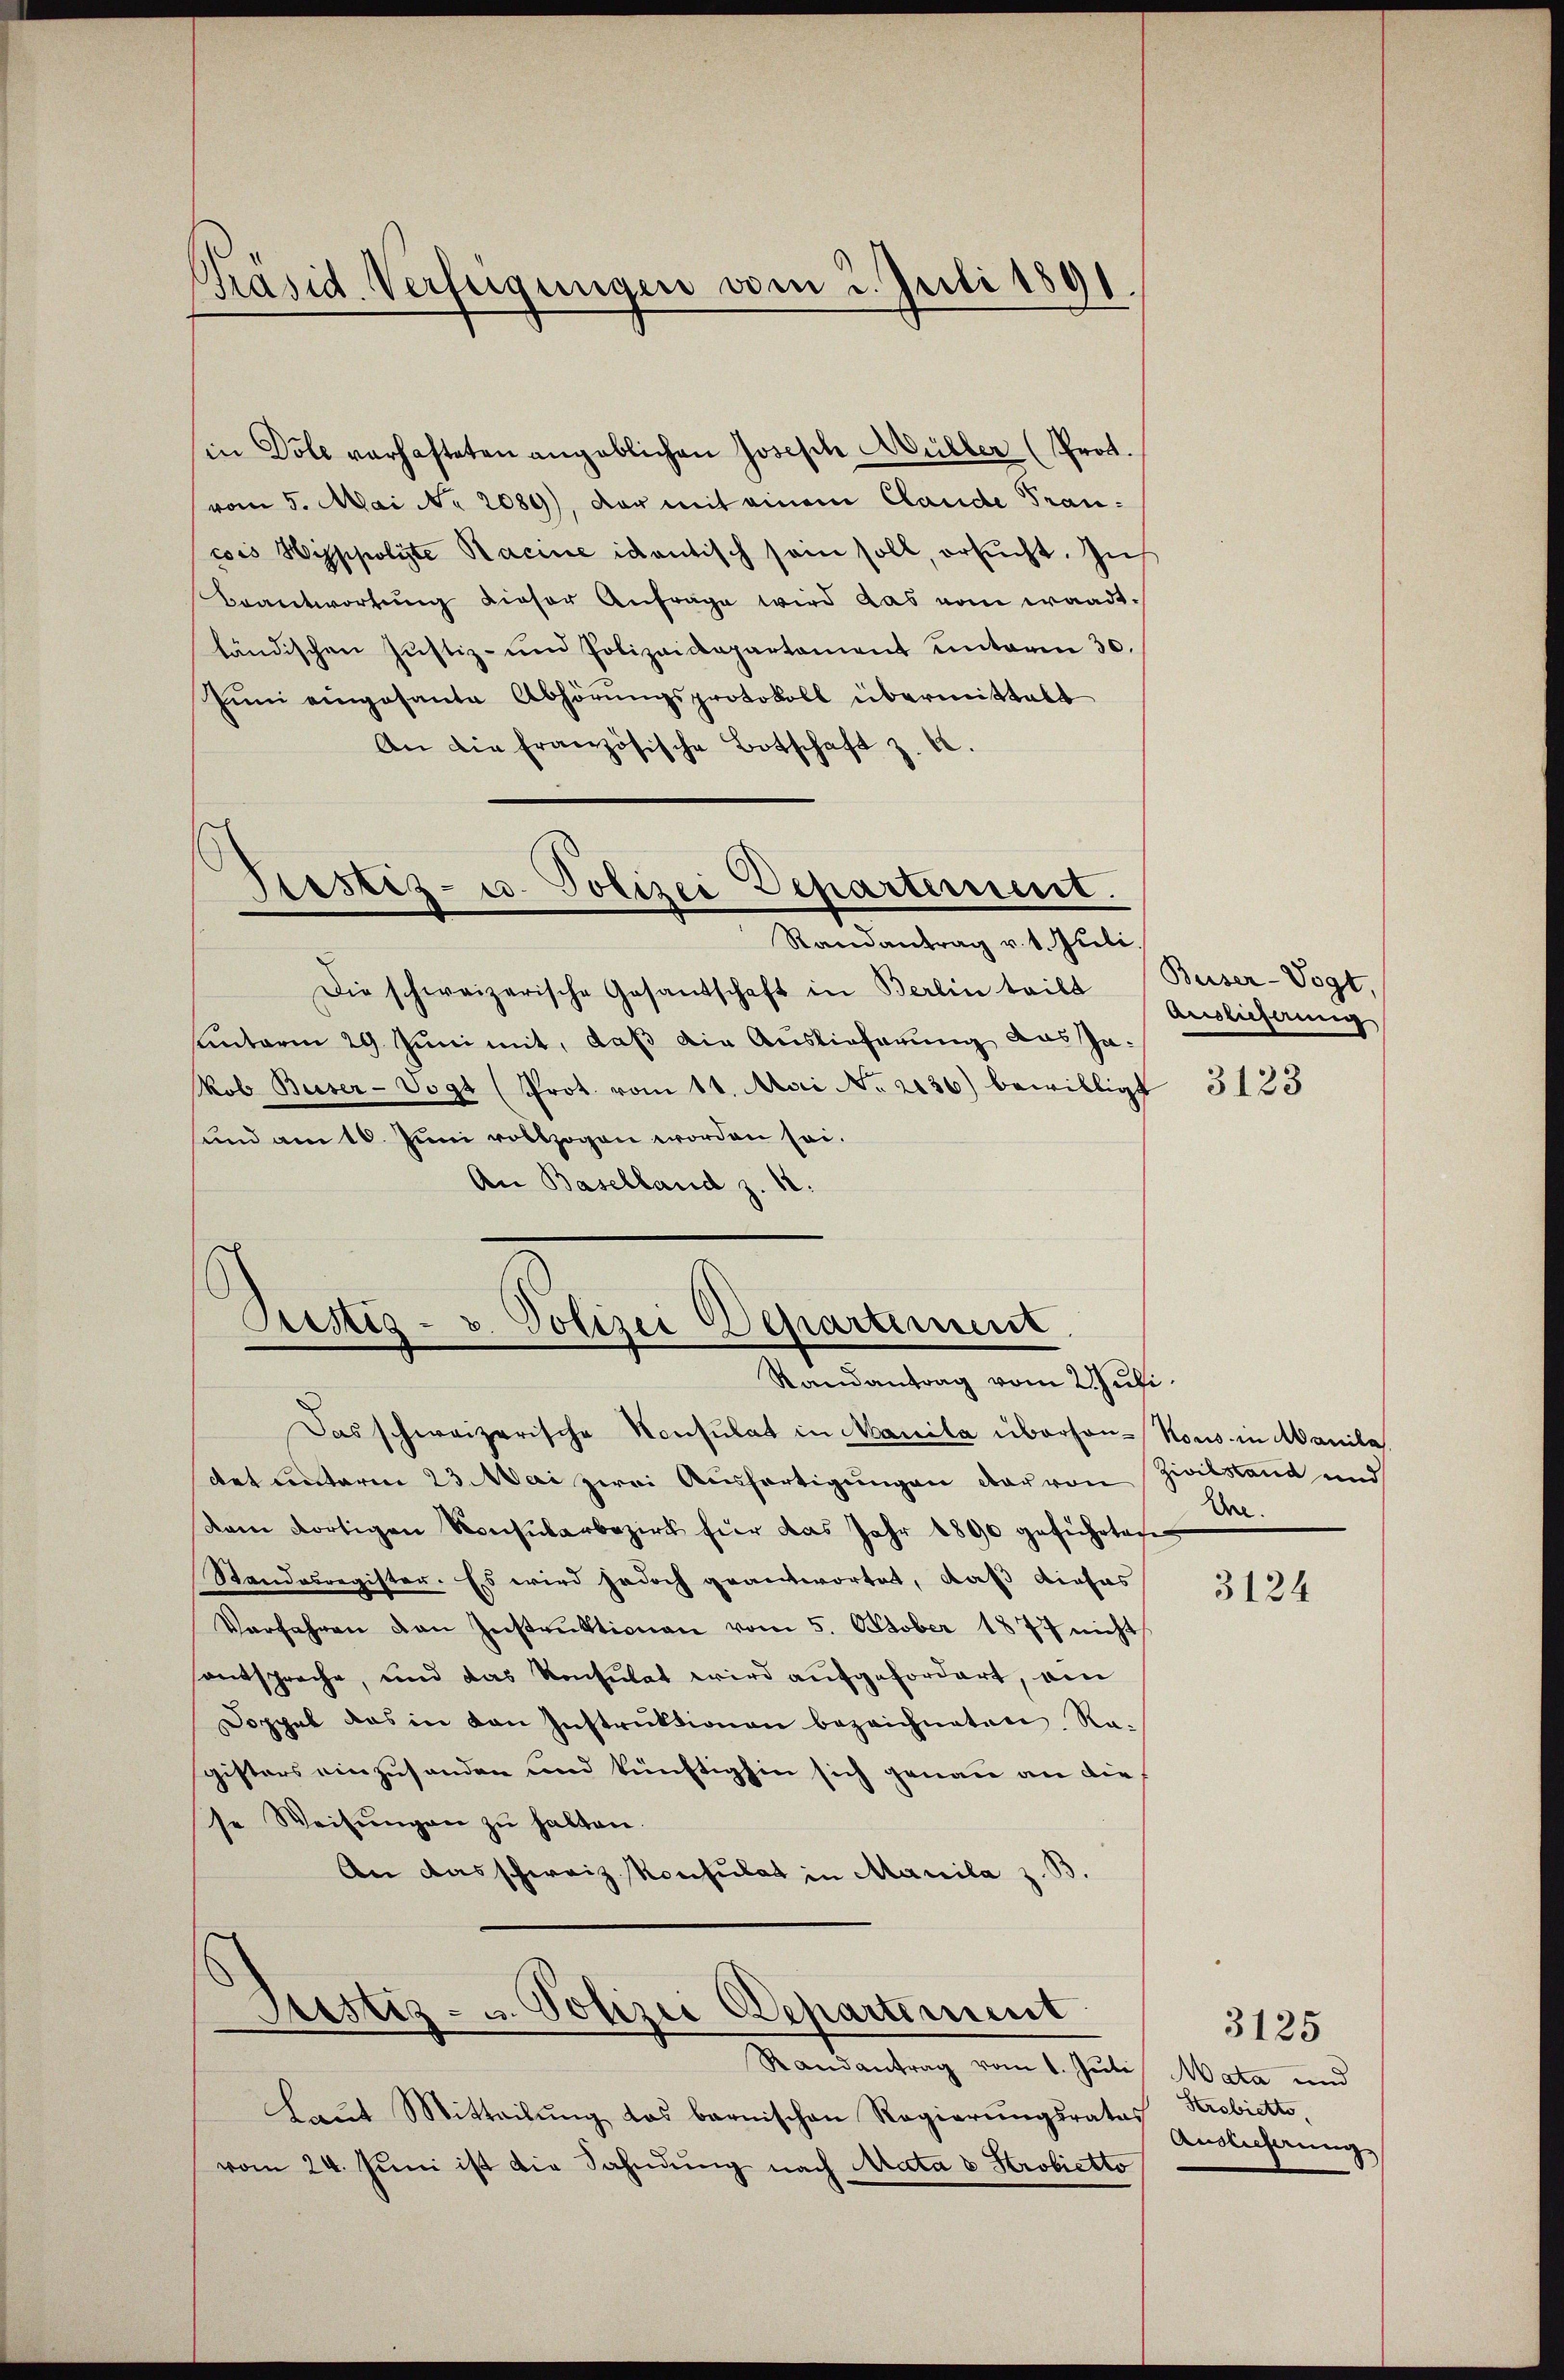
Präsid. Verfeigungen vom 2. Juli 1891.

in Dole verhafteten angeblichen Joseph Müller (Prot.
vom 5. Mai No 2089), der mit einem Claude Traucois Hippolite Racine itantisch sein soll, ersucht. In
Beantwortŭng dieser Anfrage wird das vom waadtländischen Justiz- und Polizeidepartement unterm 30.
Juni eingesante Abhörŭngsprotokoll übermittalt
An die französische Botschaft z. 12.
Justiz- u. Polizei Departement.
Randantrag v. 1. Juli,
Die schweizerische Gesandschaft in Berlin teilt
antarii 29. Juni mit, daß die Auslieferung das Ja¬
Mob. Buser-Vogt (Prot. vom 11. Mai No 2136) bewilligt
sund am 10. Juni vollzogen worden sei.
An Baselland z. 18.

Pristig- u. Polizei Departiment
Randantrag vom 2. Juli

Das schweizerische Konsulat in Manila überhan-Nous in Manila
det unterm 23. Mai zwei Aŭsfertigŭngen der von Zivilstand und
Kam dortigen Konsularbezirk für das Jahr 1890 geführten
Standesregister. Es wird jedoch geantwortet, daß dieses
Verfahren den Instruktionen vom 5. October 1877 nicht
entspreche, und das konsulat wird aufgefordert, am
Doppel das in von Instruktionen bezeichneten. Nac
gisters einzusenden und künftighin sich genau an die
se Weisŭngen zu halten.
An das schweiz Konsulat in Manila z.

Justiz- u. Polizei Departement

Randantrag vom 1. Juli
Laut Mitteilung das barnischen Regierungsrates
vom 24. Juni ist die Sahndung nach Mata v Probietto

Beiser-Vogt,
Auslieferung

3123

Dre.

3124

3125
Mata und
Krobiette,
Auslicherung